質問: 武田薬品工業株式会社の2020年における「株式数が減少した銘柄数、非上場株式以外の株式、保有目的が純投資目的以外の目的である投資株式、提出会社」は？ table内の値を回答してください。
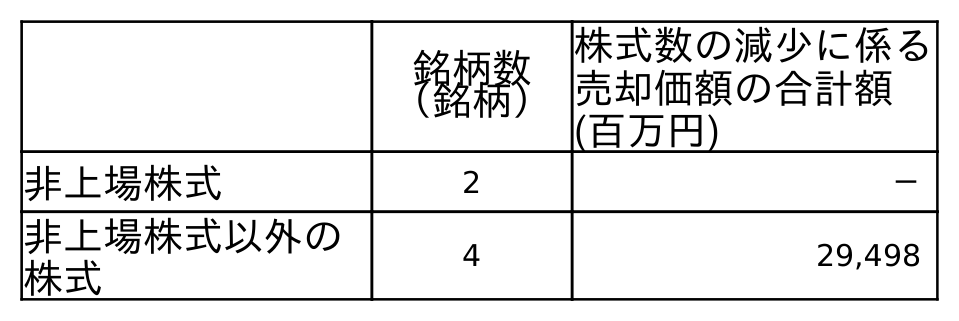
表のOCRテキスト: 銘柄数 （銘柄） 株式数の減少に係る 売却価額の合計額 (百万円) 非上場株式 2 － 非上場株式以外の 株式 4 29,498
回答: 4